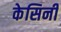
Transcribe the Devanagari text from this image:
केसिनी